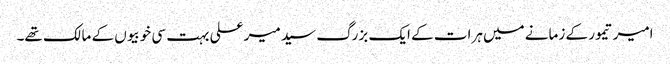
امیر تیمور کے زمانے میں ہرات کے ایک بزرگ سید میر علی بہت سی خوبیوں کے مالک تھے۔